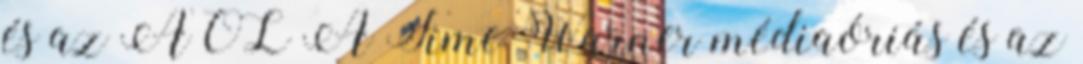
és az AOL A Time Warner médiaóriás és az